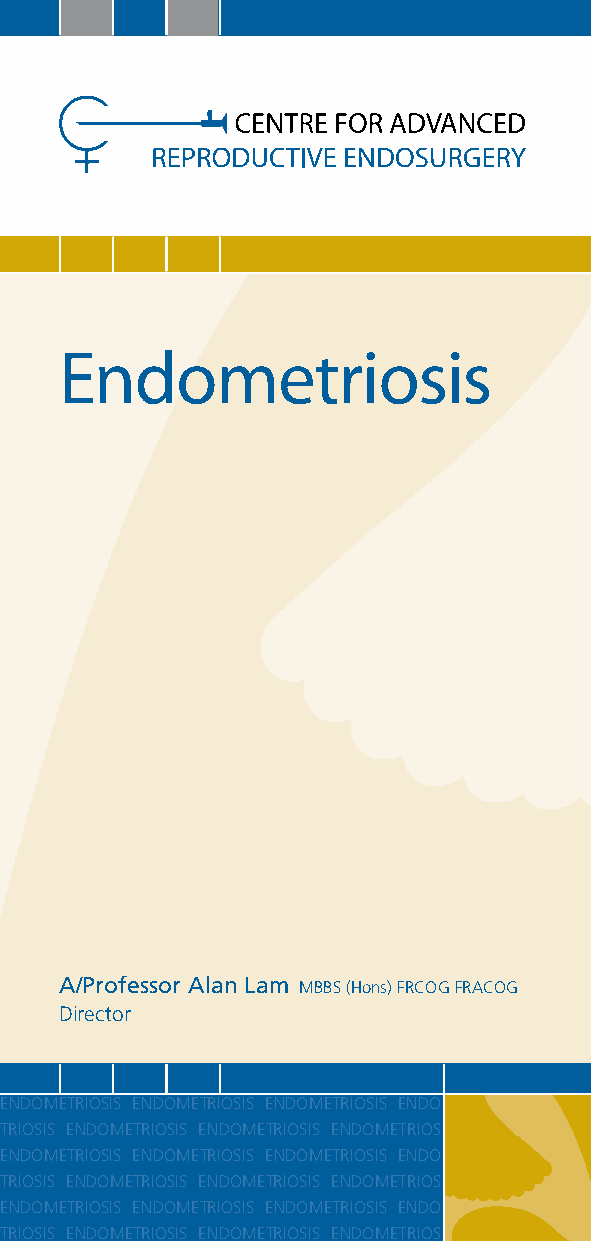
Endometriosis
 A/Professor Alan Lam mBBs (Hons) FrCoG FrACoG
 director
 EndomEtriosis EndomEtriosis EndomEtriosis Endo
 triosis EndomEtriosis EndomEtriosis EndomEtrios
 EndomEtriosis EndomEtriosis EndomEtriosis Endo
 triosis EndomEtriosis EndomEtriosis EndomEtrios
 EndomEtriosis EndomEtriosis EndomEtriosis Endo
 triosis EndomEtriosis EndomEtriosis EndomEtrios